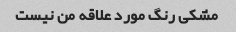
مشکی رنگ مورد علاقه من نیست